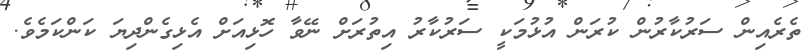
ތެރެއިން ސަރުކާރުން ކުރަން އުޅުމަކީ ސަރުކާރު އިތުރަށް ނޭވާ ހޮޅިއަށް އެޅިގެންދިޔަ ކަންކަމެވެ.